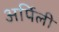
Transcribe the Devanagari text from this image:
अर्पिली